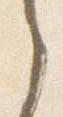
之